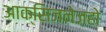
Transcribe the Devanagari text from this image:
आक्सिजनेज़हो